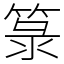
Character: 箓